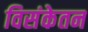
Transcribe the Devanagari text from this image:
विसंकेतन